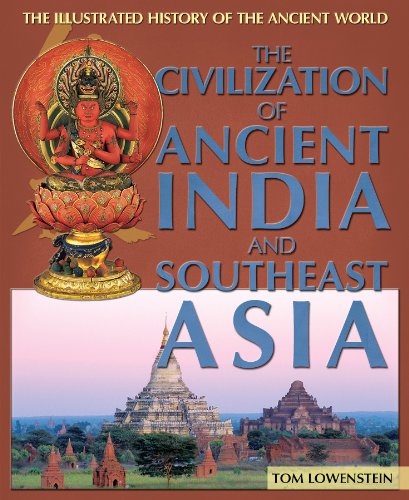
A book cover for The Civilization of Ancient India and Southeast Asia (Illustrated History of the Ancient World); Tom Lowenstein; Teen & Young Adult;